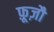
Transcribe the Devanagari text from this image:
फ़ूज़ौ